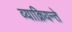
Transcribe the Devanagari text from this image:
व्याक्रियन्ते